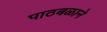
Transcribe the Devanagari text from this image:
पाठबळाने